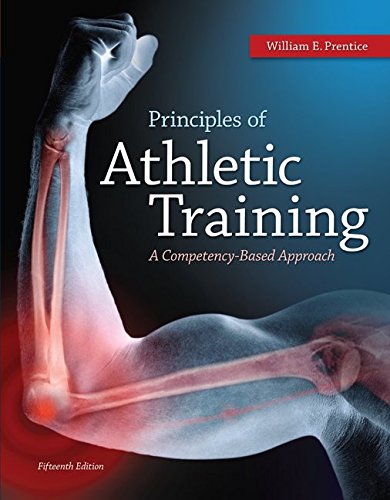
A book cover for Principles of Athletic Training: A Competency-Based Approach; William Prentice; Medical Books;